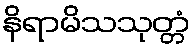
နိရာမိသသုတ္တံ